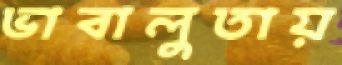
ভাবালুতায়